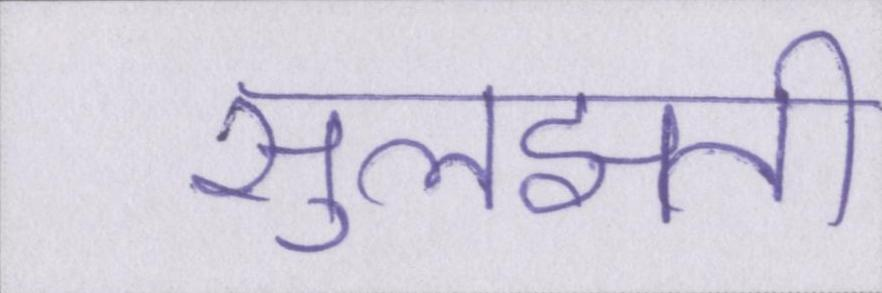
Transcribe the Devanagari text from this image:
सुलझती